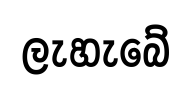
ලැහැබේ